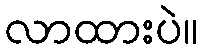
လာထားပဲ။